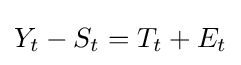
Y_{t}-S_{t}=T_{t}+E_{t}